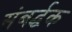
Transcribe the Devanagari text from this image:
संबर्द्धक